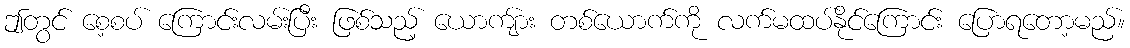
ဤတွင် စေ့စပ် ကြောင်းလမ်းပြီး ဖြစ်သည့် ယောကျ်ား တစ်ယောက်ကို လက်မထပ်နိုင်ကြောင်း ပြောရတော့မည်။